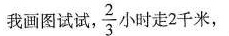
我画图试试，\frac{2}{3}小时走2千米，